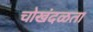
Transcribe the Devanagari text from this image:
चोखंदळता